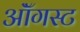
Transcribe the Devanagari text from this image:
ऑॅगस्ट